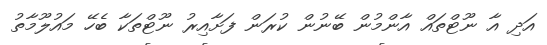
އަދި އާ ނޫޓްތައް އާންމުން ބޭނުން ކުރަން ފަށާއިރު ނޫޓްތަކާ ބެހޭ މައުލޫމާތު